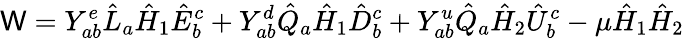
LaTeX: \mathsf{W}=Y_{ab}^{e}\hat{{L}}_{a}\hat{{H}}_{1}\hat{{E}}_{b}^{c}+Y_{ab}^{d}\hat{{Q}}_{a}\hat{{H}}_{1}\hat{{D}}_{b}^{c}+Y_{ab}^{u}\hat{{Q}}_{a}\hat{{H}}_{2}\hat{{U}}_{b}^{c}-\mu\hat{{H}}_{1}\hat{{H}}_{2}